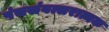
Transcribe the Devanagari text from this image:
पंचसंवत्सरात्मक